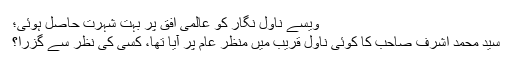
ویسے ناول نگار کو عالمی افق پر بہت شہرت حاصل ہوئی؛
سید محمد اشرف صاحب کا کوئی ناول قریب میں منظرِ عام پر آیا تھا، کسی کی نظر سے گزرا؟